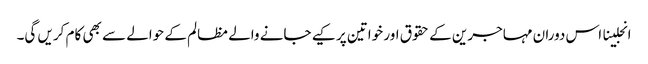
انجلینا اس دوران مہاجرین کے حقوق اور خواتین پر کیے جانے والے مظالم کے حوالے سے بھی کام کریں گی۔